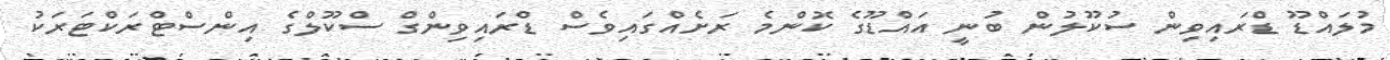
މުލައްޑޫ ޑްރައިވިން ސުކޫލުން ބުނީ އައްޑޫގެ ކޮންމެ ރަށެއްގައިވެސް ޑްރައިވިންގް ސްކޫލްގެ އިންސްޓްރަކްޓަރަކު